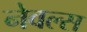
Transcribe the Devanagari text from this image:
नेवल्स